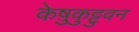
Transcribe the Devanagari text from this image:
केष़ुकुट्टुवन